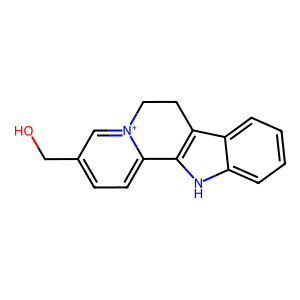
SMILES: OCc1ccc2[n+](c1)CCc1c-2[nH]c2ccccc12
Inhibits HIV replication: No